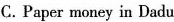
C. Paper money in Dadu